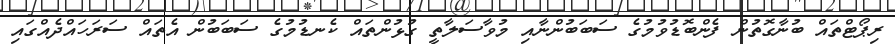
ރިޕޯޓްތައް ބުނާގޮތުން ފެންބޮޑުވުމުގެ ސަބަބުންނާއި މުވާސަލާތީ ގުޅުންތައް ކެނޑުމުގެ ސަބަބުން އެތައް ސަރަހައްދެއްގައި